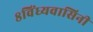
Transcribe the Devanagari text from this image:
८विंध्यवासिनी